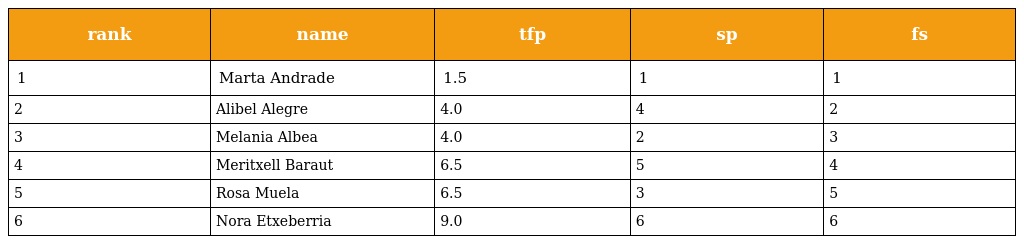
| rank | name | tfp | sp | fs |
 | --- | --- | --- | --- | --- |
 | 1 | Marta Andrade | 1.5 | 1 | 1 |
 | 2 | Alibel Alegre | 4.0 | 4 | 2 |
 | 3 | Melania Albea | 4.0 | 2 | 3 |
 | 4 | Meritxell Baraut | 6.5 | 5 | 4 |
 | 5 | Rosa Muela | 6.5 | 3 | 5 |
 | 6 | Nora Etxeberria | 9.0 | 6 | 6 |